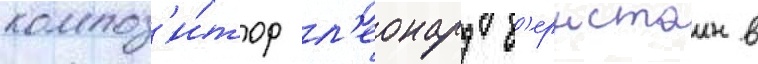
композ'и́тор л'еонард б'ернстаин в